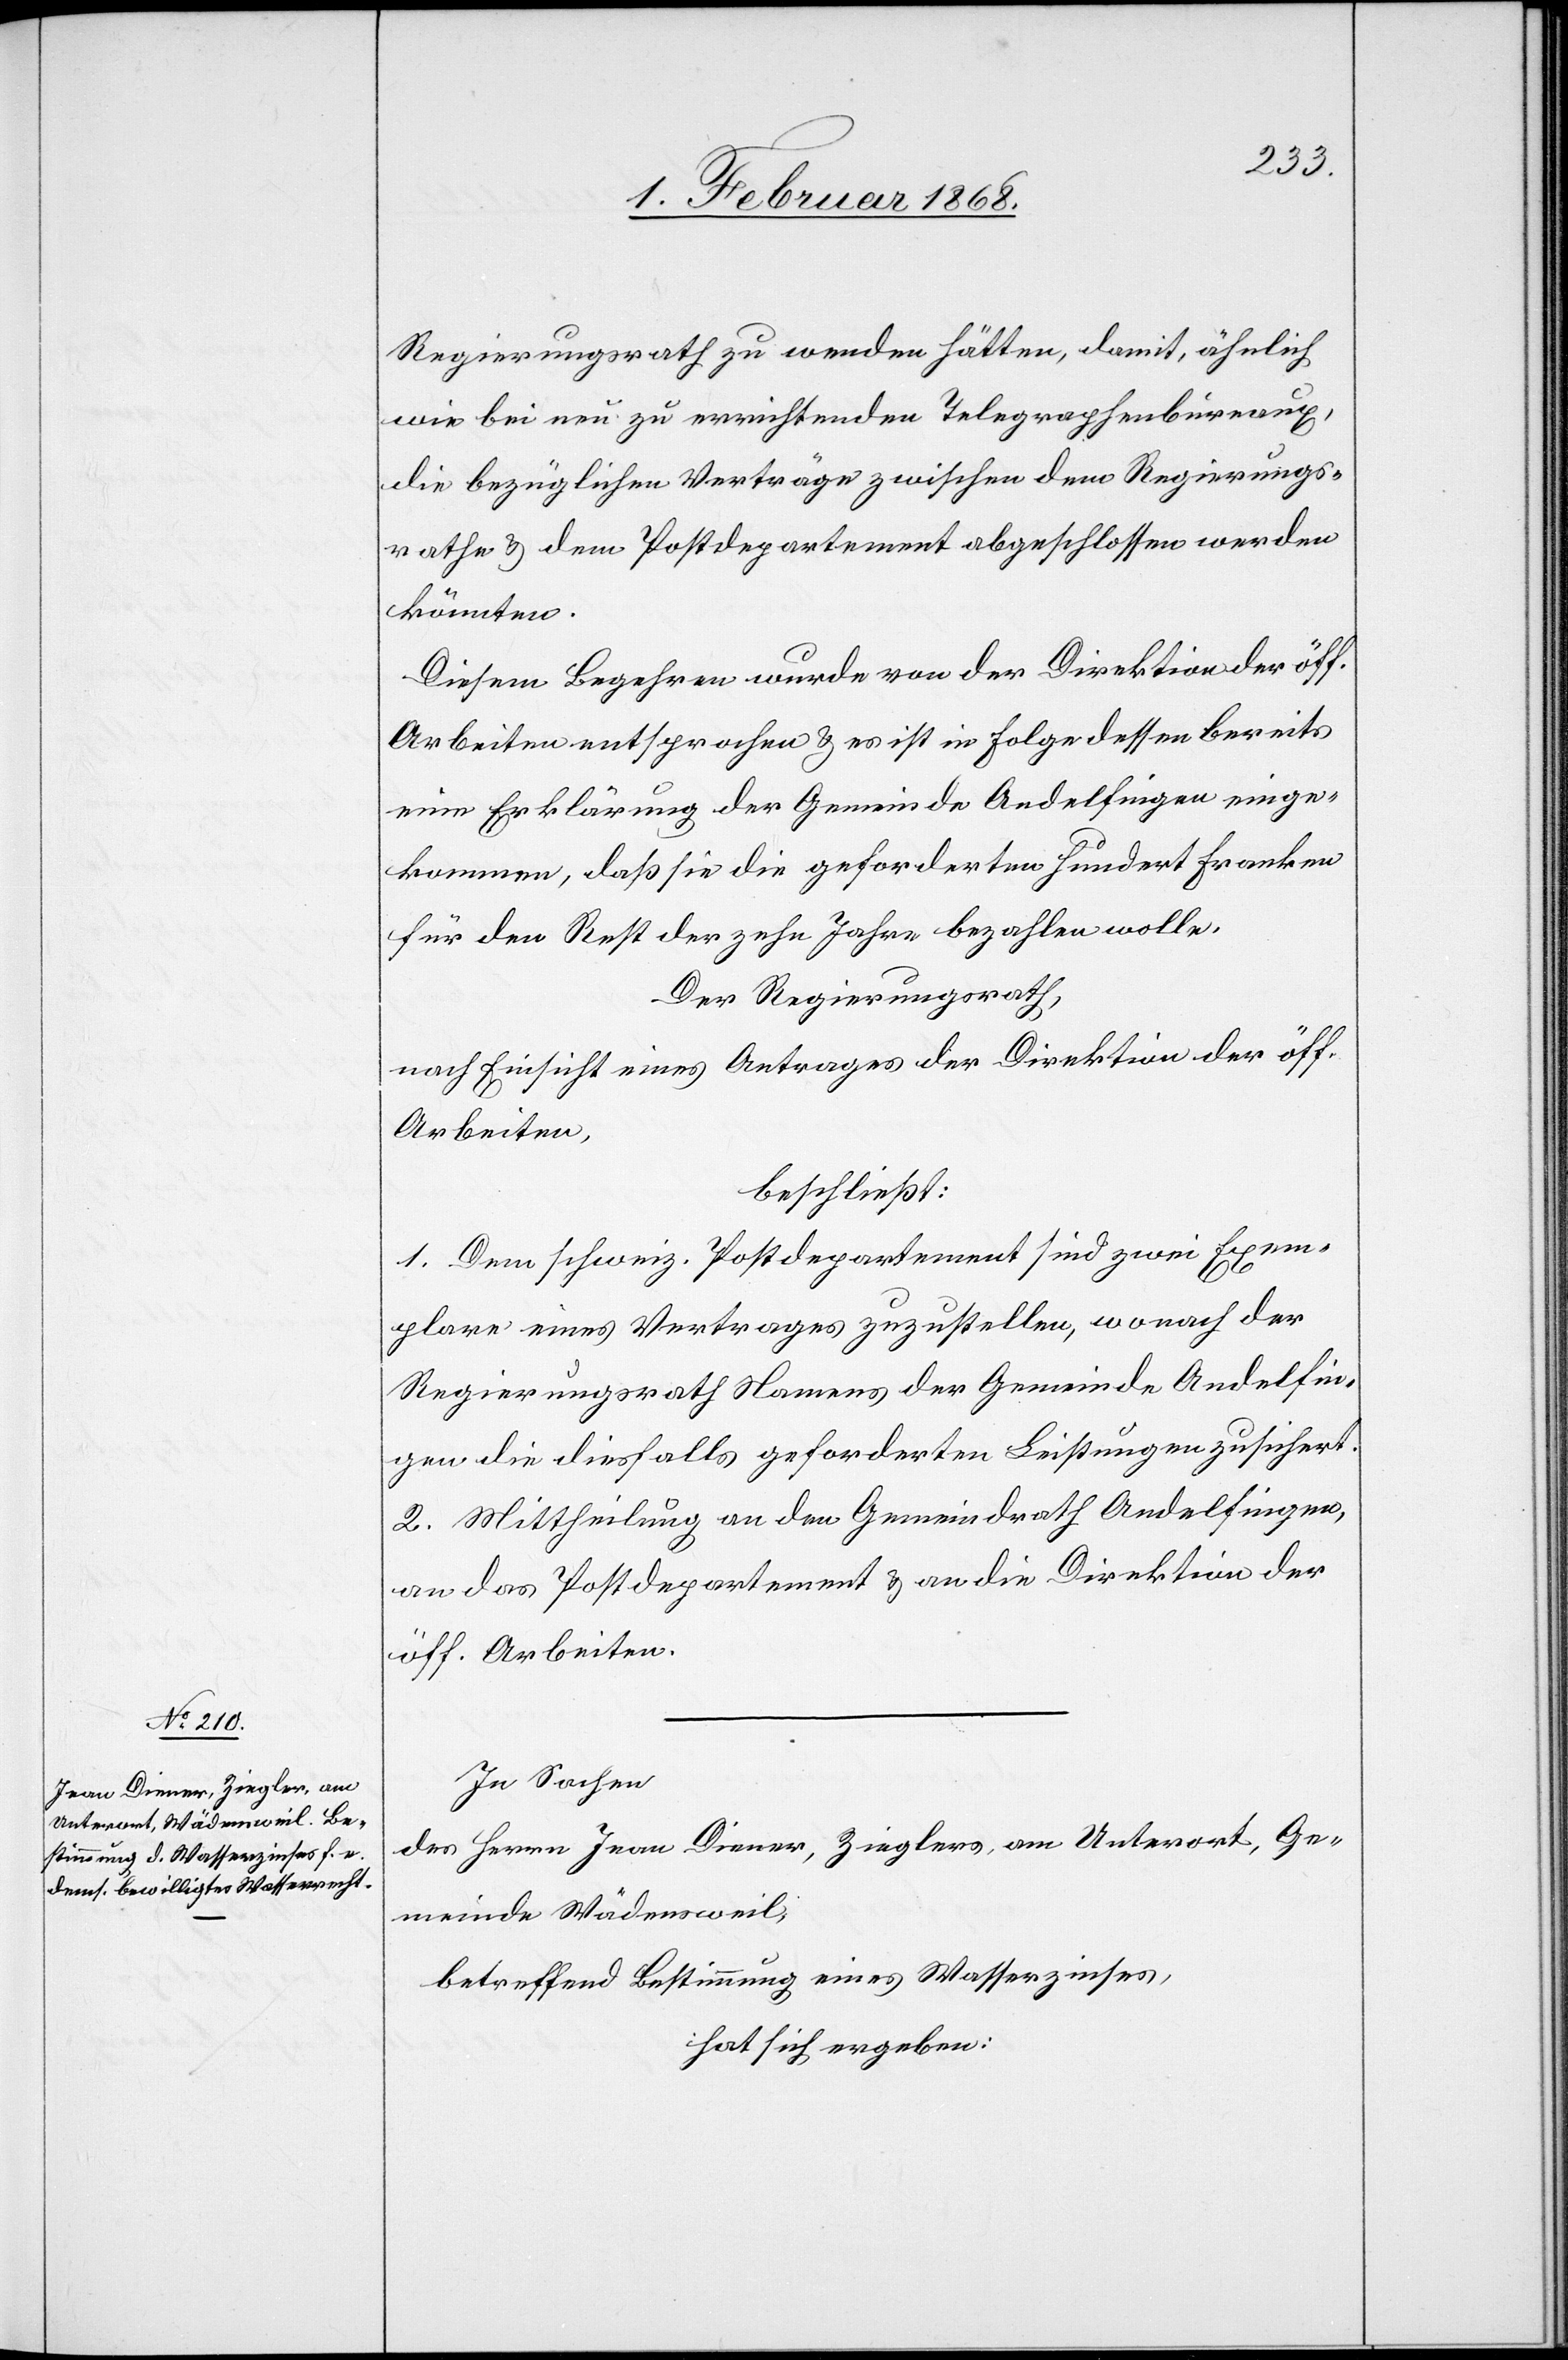
Regierungsrath zu wenden hätten, damit, ähnlich
wie bei neu zu errichtenden Telegraphenbureaux,
die bezüglichen Verträge zwischen dem Regierungs¬
rathe & dem Postdepartement abgeschlossen werden
könnten.
Diesem Begehren wurde von der Direktion der öff.
Arbeiten entsprochen & es ist in Folge dessen bereits
eine Erklärung der Gemeinde Andelfingen einge¬
kommen, daß sie die geforderten hundert Franken
für den Rest der zehn Jahre bezahlen wolle.
Der Regierungsrath,
nach Einsicht eines Antrages der Direktion der öff.
Arbeiten,
beschließt:
1. Dem schweiz. Postdepartement sind zwei Exem¬
plare eines Vertrages zuzustellen, wonach der
Regierungsrath Namens der Gemeinde Andelfin¬
gen die diesfalls geforderten Leistungen zusichert.
2. Mittheilung an den Gemeindrath Andelfingen,
an das Postdepartement & an die Direktion der
öff. Arbeiten.
In Sachen
des Herrn Jean Diener, Zieglers, am Unterort, Ge¬
meinde Wädensweil,
betreffend Bestimmung eines Wasserzinses,
hat sich ergeben: